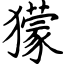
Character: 獴